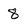
Character: 8